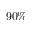
9 0 \%